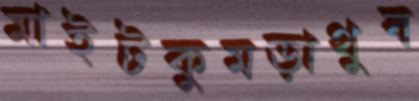
মাইটকুমড়াথুব